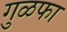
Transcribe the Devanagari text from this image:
गुळफा